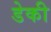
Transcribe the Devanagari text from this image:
डेकी